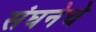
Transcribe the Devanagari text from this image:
संघनेचे